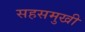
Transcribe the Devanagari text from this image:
सहसमुखी